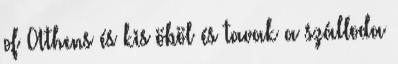
of Athens és kis öböl és tavak a szálloda